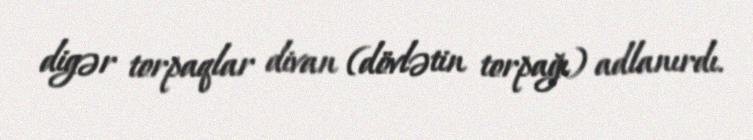
digər torpaqlar divan (dövlətin torpağı) adlanırdı.